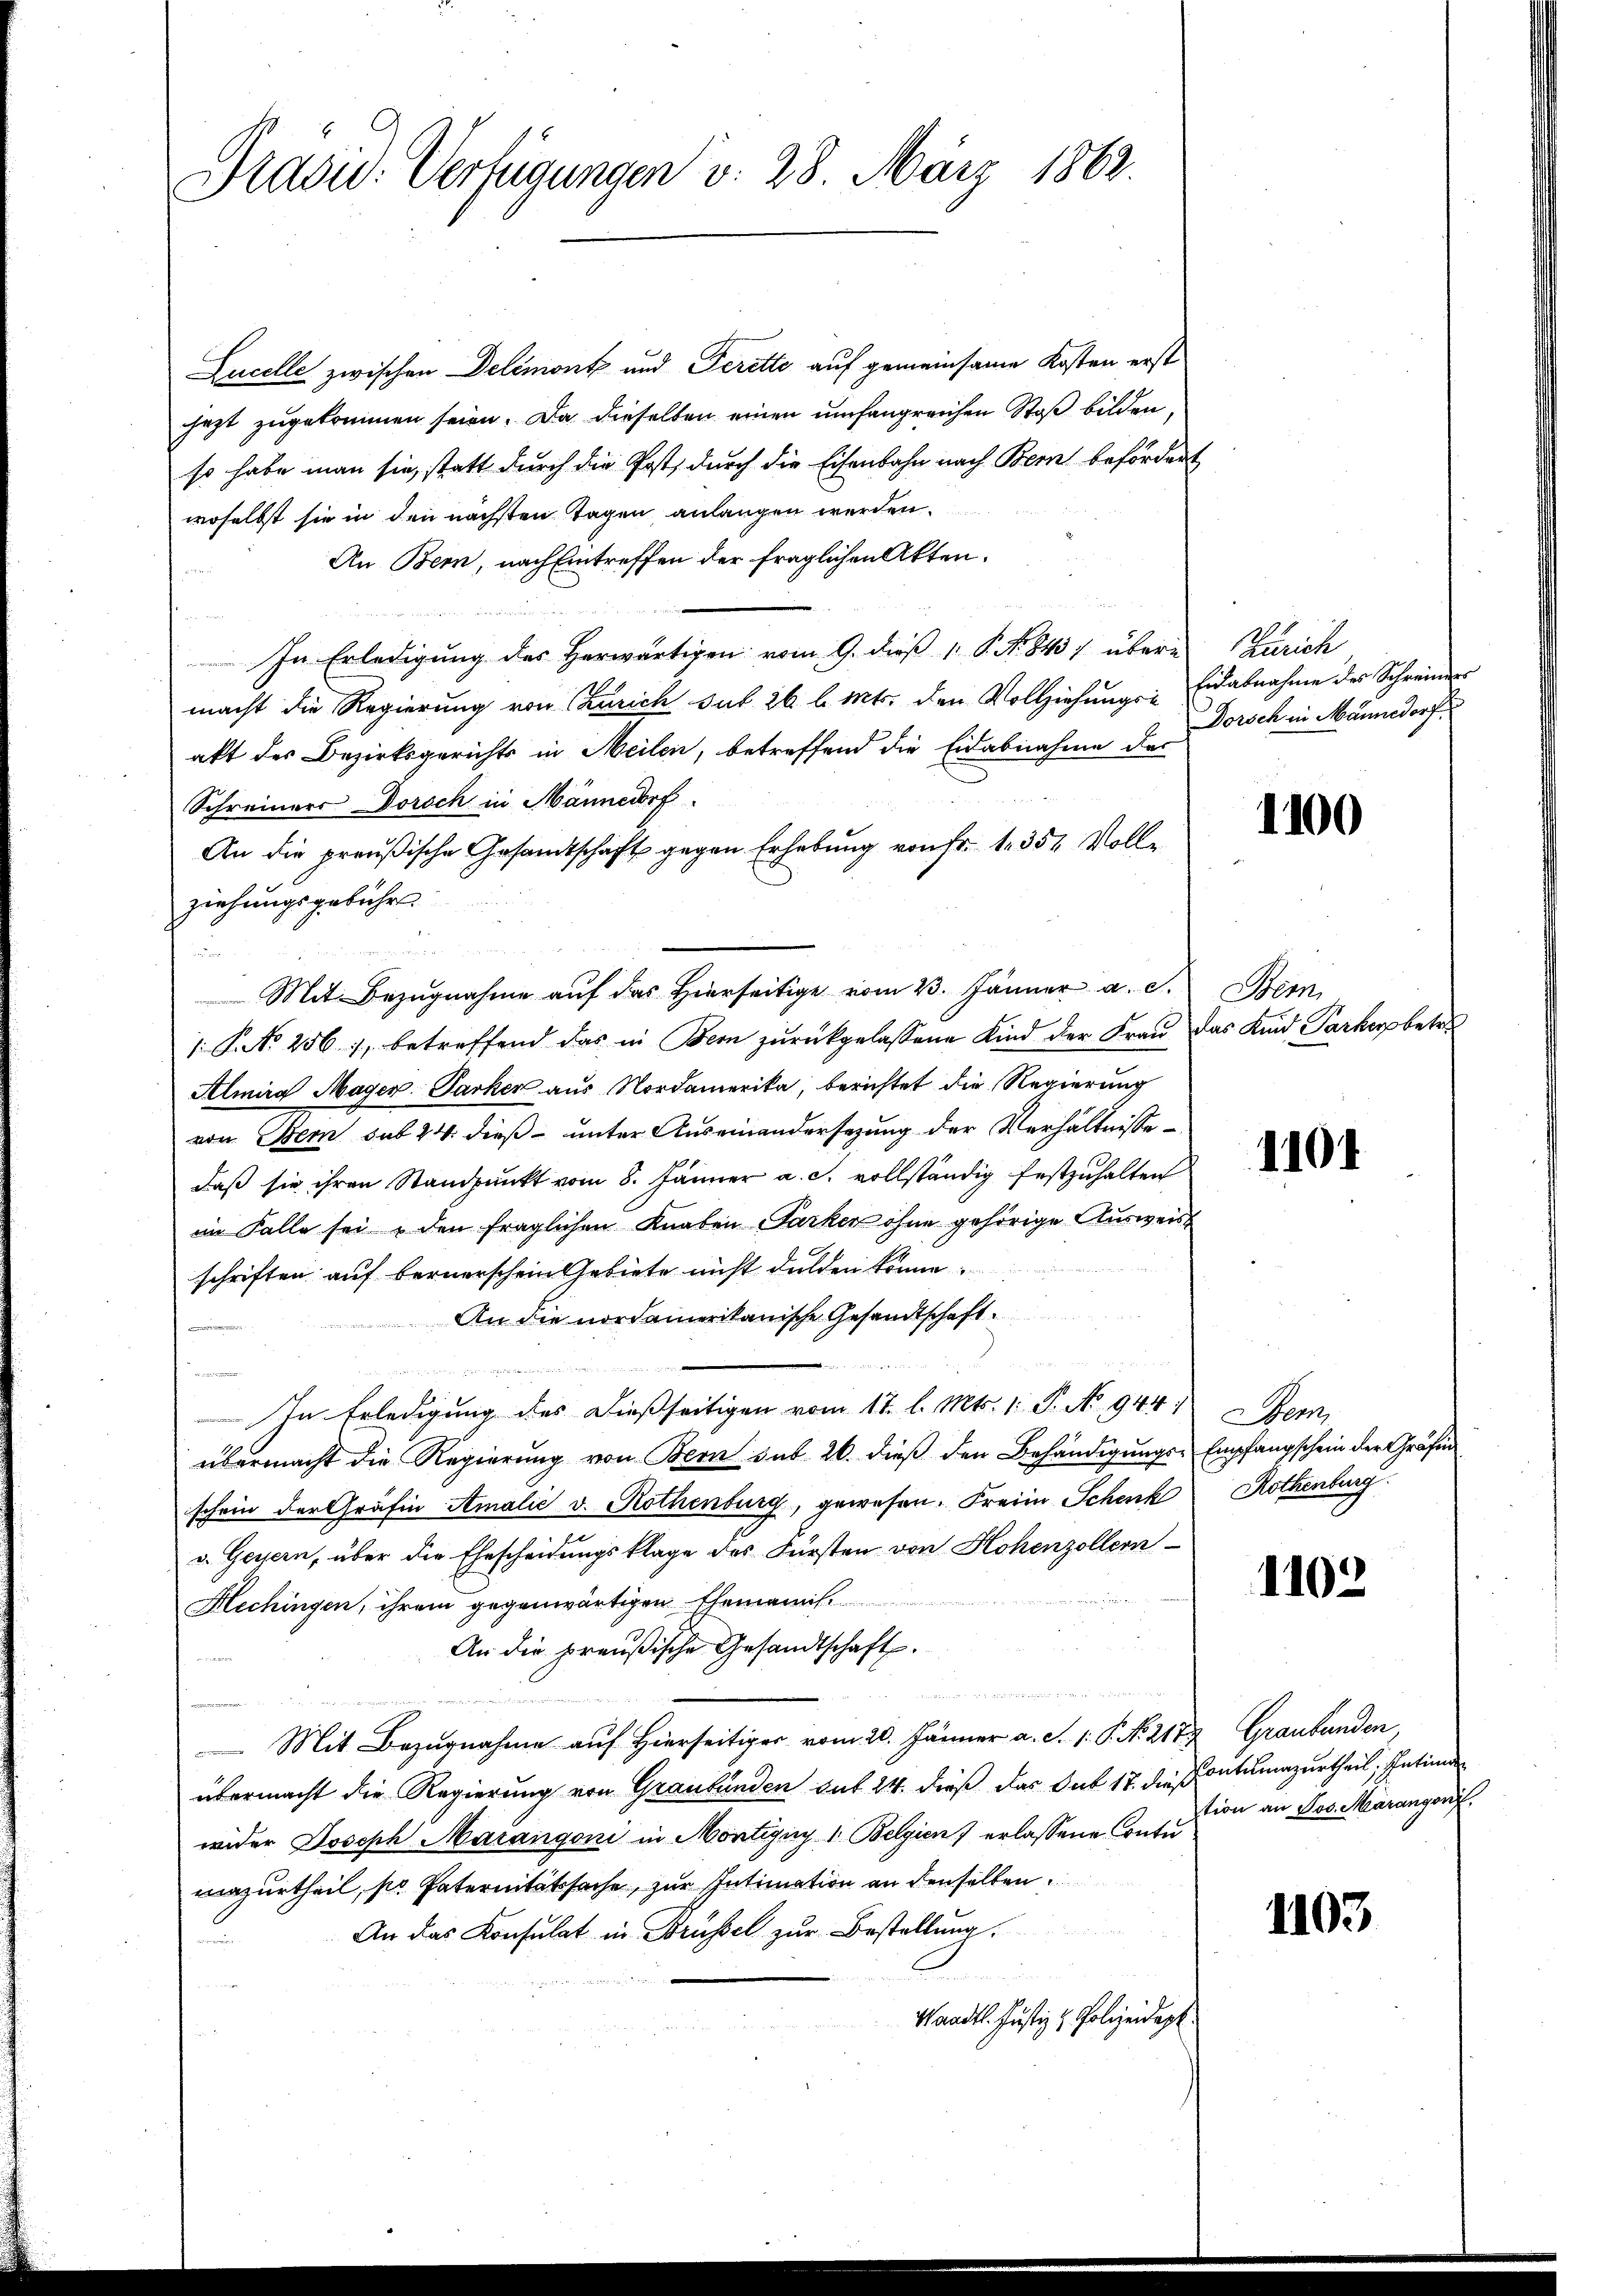
Präsid. Verfügungen d. 28. März 1862.

Lucelle zwischen Delémontz und Feritte auf gemeinsame Kosten erst
jezt zugekommen seien. Da dieselben einen umfangreichen Stoß bilden,
so habe man sie, statt durch die Post, durch die Eisenbahn nach Bern befördert
woselbst sie in den nächsten Tagen anlangen werden.
An Bern, nach Eintreffen der fraglichen Akten.
In Erledigung des Herwärtigen vom 9. dieß P. Nr. 843 übere
macht die Regierung von Zürich sub 26 l. Mts. den Vollziehungs-Eidabnahme des Schreiners
aft des Bezirksgerichts in Meilen, betreffend die Eidabnahme des
Schreiners Dorsch in Männedorf
An die preußische Gesandtschaft gegen Erhebung von Fr. 1. 354 Vollziehungsgebühr
n
1. P. N. 256, betreffend das in Bern zŭrückgelassene Kind der Frau das Kind Parkorp betr
Almira Mager Parker aus Nordamerika, berichtet die Regierung
von Bern sub 24. dieß unter Auseinandersezung der Verhältnisse
daß sie ihren Standpunkt vom 8. Jänner a. c. vollständig festzuhalten
im Falle sei & den fraglichen Knaben Parker ohne gehörige Ausweiss
schriften auf bernerschein Gebiete nicht dulden könne.
An die nordamerikanische Gesandtschaft

In Erledigung des dießseitigen vom 17. l. Mts. 1. P. No. 944;
übermacht die Regierung von Bern sub 20. dieß den Behändigungs-Empfangschein der Gräfin
schein der Gräfin Amalić v. Rothenburg, gewesen. Freien Schenk
v. Geisern, über die Ehescheidungsklage des Fürsten von Hohenzollern
Hechingen, ihrem gegenwärtigen Ehemanns.
An die preußische Gesandtschaft.
u

 Mit Bezugnahme auf Hierseitiger vom 20. Jänner a. S. 1. P. N. 2177 Graubünden,
übermacht die Regierung von Graubünden das 24. dieß das Gut 17. die Pontinzurtheil, Intimen
wider Joseph Marangoni in Montigny- 1. Belgien) erlassene Contuazurtheil, so Internitätsache, zur Intimation an denselben
An das Konsulat in Brüssel zur Bestellung.
G
d
Waadt. Justiz & Polizeidep

Mit Bezŭgnahme aŭf das hierseitige vom 23. Jänner a. c. Bern,

Zürich
Dorsch in Männedorf

1100

1104

Stem
Rothenburg.

1102

tion an Jos. Marangen.

1103